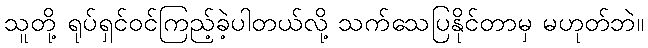
သူတို့ ရုပ်ရှင်ဝင်ကြည့်ခဲ့ပါတယ်လို့ သက်သေပြနိုင်တာမှ မဟုတ်ဘဲ။